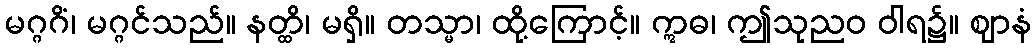
မဂ္ဂဂိံ၊ မဂ္ဂင်သည်။ နတ္ထိ၊ မရှိ။ တသ္မာ၊ ထို့ကြောင့်။ ဣဓ၊ ဤသုညဝ ဝါရ၌။ ဈာနံ